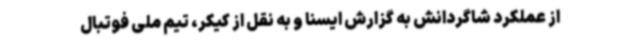
از عملکرد شاگردانش به گزارش ایسنا و به نقل از کیکر، تیم ملی فوتبال